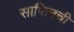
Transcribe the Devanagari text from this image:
साफिनची